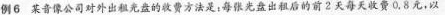
例6某音像公司对外出租盘的收费方法是：每张光盘出租后的前2天每天收费0.8元，以